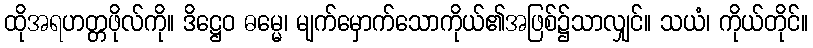
ထိုအရဟတ္တဖိုလ်ကို။ ဒိဋ္ဌေဝ ဓမ္မေ၊ မျက်မှောက်သောကိုယ်၏အဖြစ်၌သာလျှင်။ သယံ၊ ကိုယ်တိုင်။